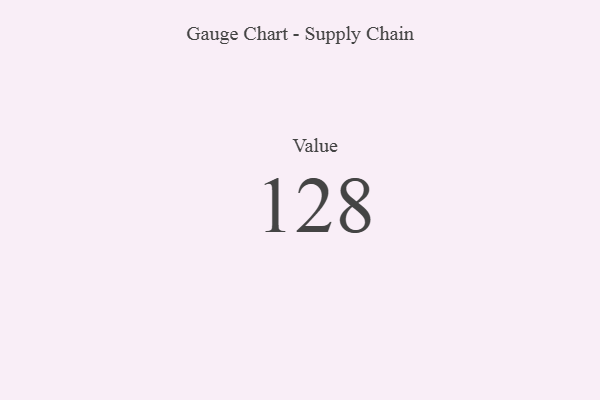
{"axis": {"x": "Metric", "y": "Value"}, "legend": [""], "data": [{"x": "Value", "y": 128, "type": ""}]}